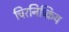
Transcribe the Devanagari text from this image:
चिरनिष्क्रिय